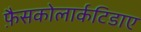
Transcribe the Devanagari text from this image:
फ़ैसकोलार्कटिडाए